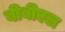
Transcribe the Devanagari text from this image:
बीबीएल